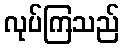
လုပ်ကြသည်